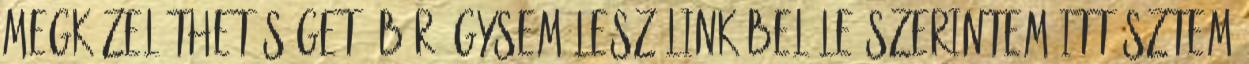
megközelíthetőséget. bár úgysem lesz link belőle szerintem itt sztem